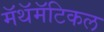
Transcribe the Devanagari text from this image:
मॅथॅमॅटिकल